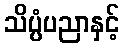
သိပ္ပံပညာနှင့်